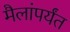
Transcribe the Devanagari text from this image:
मैलांपर्यंत